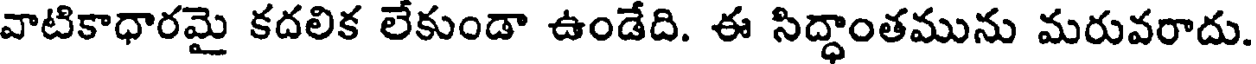
వాటికాధారమై కదలిక లేకుండా ఉండేది. ఈ సిద్ధాంతమును మరువరాదు.